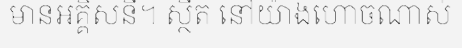
មានអគ្គិសនី។ ស្ថឹត នៅយ៉ាងហោចណាស់